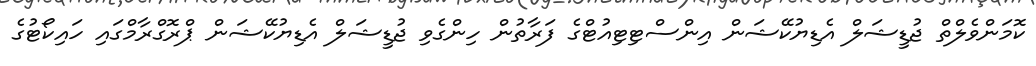
ކޮމަންވެލްތް ޖުޑީޝަލް އެޑިޔުކޭޝަން އިންސްޓިޓިއުޓްގެ ފަރާތުން ހިންގެވި ޖުޑީޝަލް އެޑިޔުކޭޝަން ޕްރޮގްރާމްގައި ހައިކޯޓުގެ